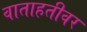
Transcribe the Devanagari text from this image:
वाताहतीवर